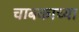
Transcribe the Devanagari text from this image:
चाबकाच्या